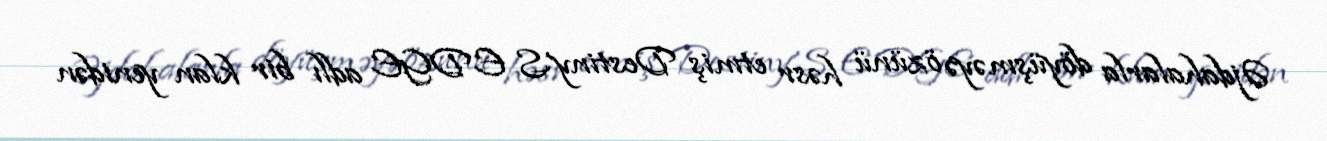
Əjdahalarla döyüşməyə özünü həsr etmiş Destiny'S EDGE adlı bir klan yenidən